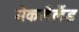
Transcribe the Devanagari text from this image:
मेकलेलैंड